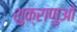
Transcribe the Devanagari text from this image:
शुक्राणुओ